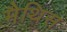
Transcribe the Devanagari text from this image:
मैथिस